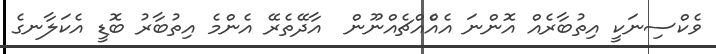
ވެކްސިނަކީ އިތުބާރެއް އޮންނަ އެއްެއްޗެއްނޫން  އާދޭތެރޭ އެންމެ އިތުބާރު ބޮޑީ އެކަލާނގެ